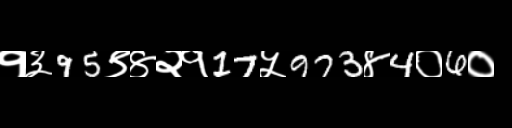
Text: १३95९४२१17५973४4०6०